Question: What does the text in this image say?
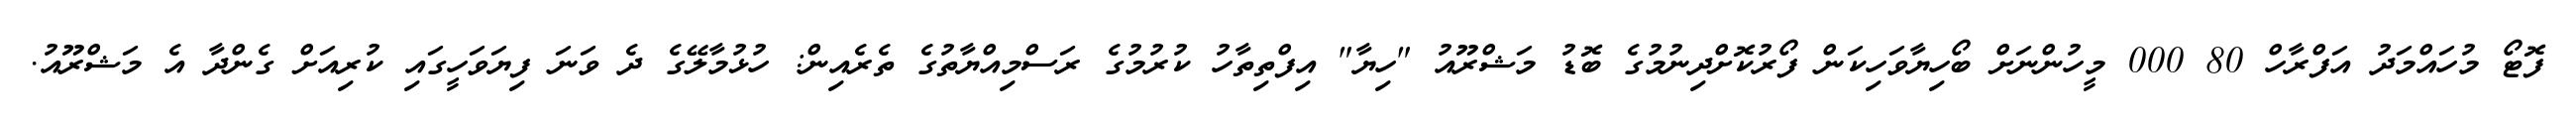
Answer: ފޮޓޯ މުހައްމަދު އަފްރާހް 80 000 މީހުންނަށް ބޯހިޔާވަހިކަން ފޯރުކޮށްދިނުމުގެ ބޮޑު މަޝްރޫއު "ހިޔާ" އިފްތިތާހު ކުރުމުގެ ރަސްމިއްޔާތުގެ ތެރެއިން: ހުޅުމާލޭގެ ދެ ވަނަ ފިޔަވަހީގައި ކުރިއަށް ގެންދާ އެ މަޝްރޫއު.